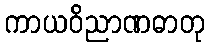
ကာယဝိညာဏဓာတု